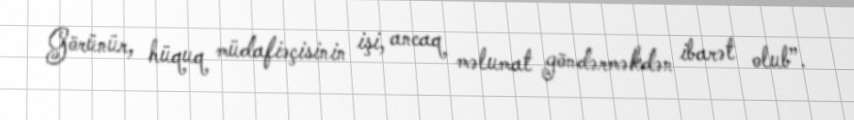
Görünür, hüquq müdafiəçisinin işi, ancaq məlumat göndərməkdən ibarət olub”.